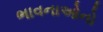
ભાવનાઓનો